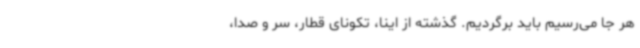
هر جا می‌رسیم باید برگردیم. گذشته از اینا، تکونای قطار، سر و صدا،